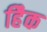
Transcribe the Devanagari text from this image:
हैिक